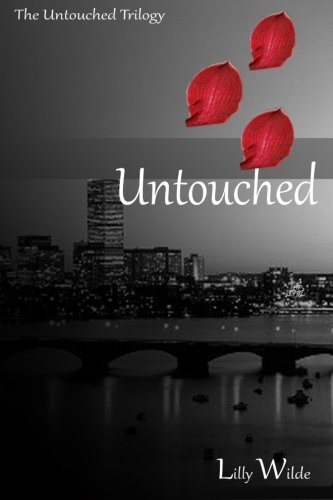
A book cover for Untouched (The Untouched Trilogy) (Volume 1); Lilly Wilde; Romance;